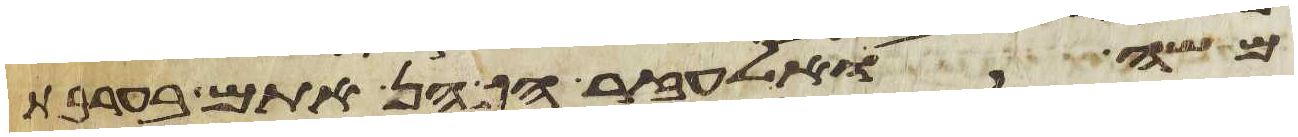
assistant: משה ואלעזר הכהן אתם בערבת